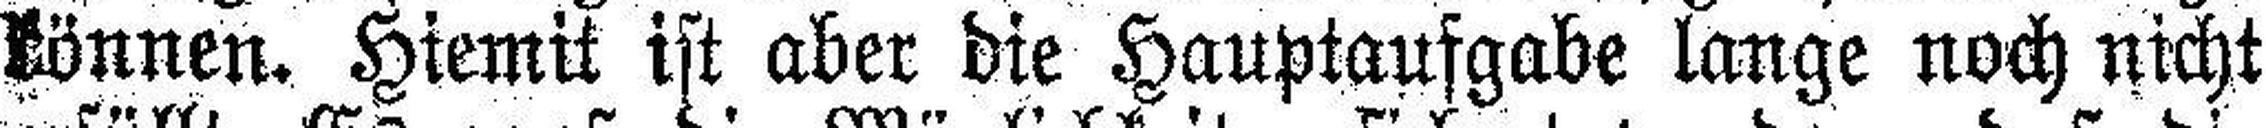
können. Hiemit ist aber die Hauptaufgabe lange noch nicht